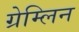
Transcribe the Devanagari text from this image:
ग्रेम्लिन